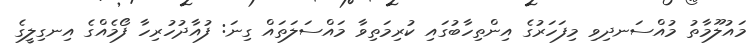
މައުލޫމާތު މުއްސަނދިވި މިފަހަރުގެ އިންތިހާބުގައި ކުރިމަތިވާ މައްސަލަތައް ގިނަ: ފުއާދުހުރިހާ ފޯމެއްގެ އިނގިލީގެ